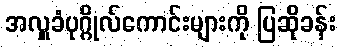
အလှူခံပုဂ္ဂိုလ်ကောင်းများကို ပြဆိုခန်း